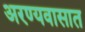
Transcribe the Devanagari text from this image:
अरण्यवासात